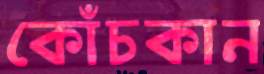
কোঁচকান